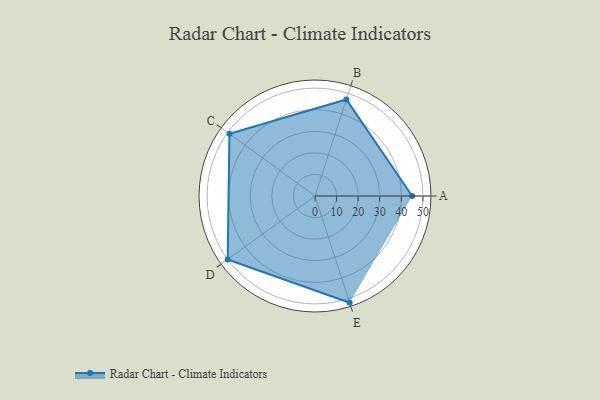
{"axis": {"x": "Skill", "y": "Score"}, "legend": ["Profile"], "data": [{"x": "A", "y": 45.0, "type": "Profile"}, {"x": "B", "y": 47.0, "type": "Profile"}, {"x": "C", "y": 49.0, "type": "Profile"}, {"x": "D", "y": 50.0, "type": "Profile"}, {"x": "E", "y": 52.0, "type": "Profile"}]}